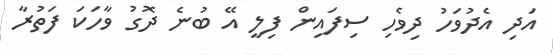
އަދި އެދުވަހު ދިވެހި ސިފައިން ފިލީ އޭ ބުނެ ދޮގު ވާހަކަ ފަތުރާ